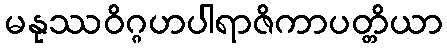
မနုဿဝိဂ္ဂဟပါရာဇိကာပတ္တိယာ